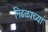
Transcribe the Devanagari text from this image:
निढळाच्या